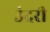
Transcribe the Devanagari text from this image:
उंदरी